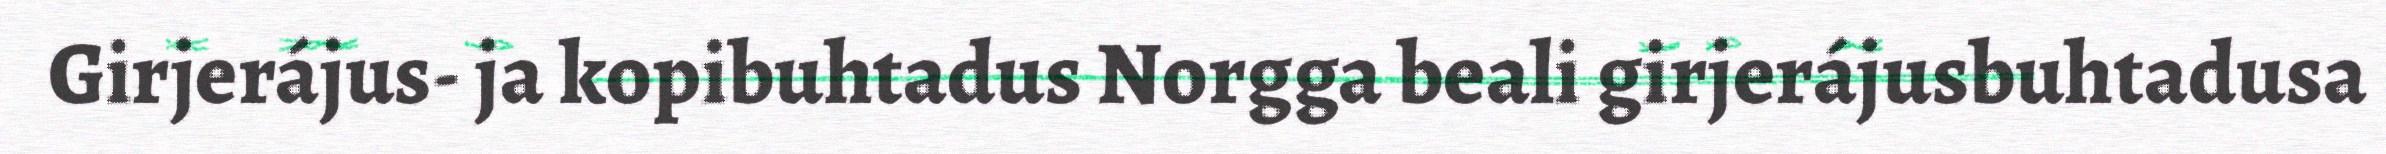
Girjerájus- ja kopibuhtadus Norgga beali girjerájusbuhtadusa